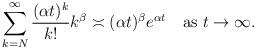
LaTeX: \begin{align*}\sum_{k=N}^\infty\frac{(\alpha t)^k}{k!}k^\beta\asymp(\alpha t)^\beta e^{\alpha t}\quad\mbox{as $t\to\infty$}.\end{align*}